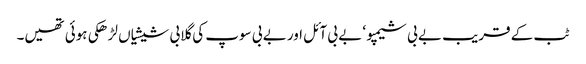
ٹب کے قریب بے بی شیمپو ‘ بے بی آئل اور بے بی سوپ کی گلابی شیشیاں لڑھکی ہوئی تھیں۔